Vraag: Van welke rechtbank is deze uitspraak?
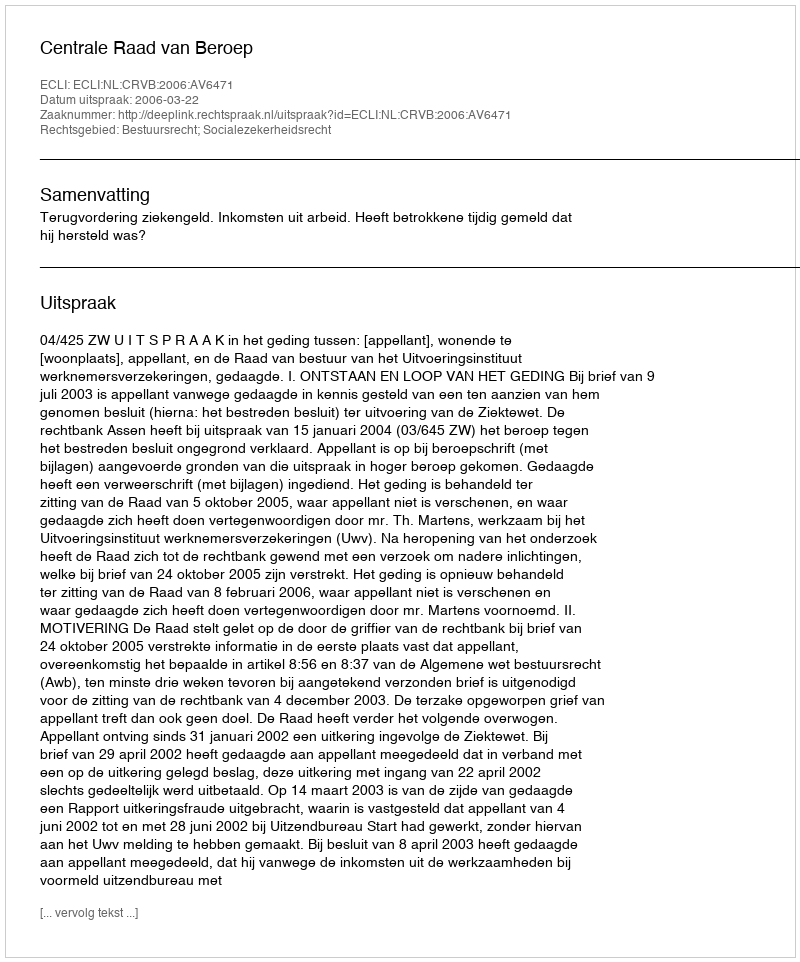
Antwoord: Centrale Raad van Beroep